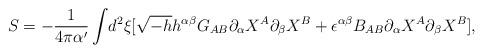
LaTeX: \begin{align*}S=-\frac{1}{4\pi \alpha^\prime}\int\!d^2\xi[\sqrt{-h}h^{\alpha \beta}G_{AB}{\partial_\alpha}X^A{\partial_\beta}X^B+\epsilon^{\alpha \beta}B_{AB}{\partial_\alpha}{X^A}{\partial_\beta}{X^B}],\end{align*}